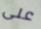
على